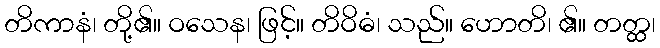
တိကာနံ၊ တို့၏။ ဝသေန၊ ဖြင့်။ တိဝိဓံ၊ သည်။ ဟောတိ၊ ၏။ တတ္ထ၊